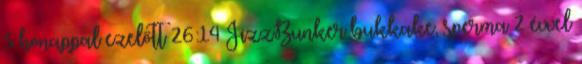
5 hónappal ezelőtt 26:14 JizzBunker bukkake, sperma 2 évvel